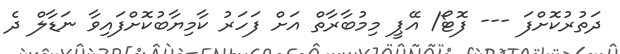
ދަތުރުކޮށްފަ --- ފޮޓޯ/ އޭޕީ މިމުބާރާތް އަށް ފަހަރު ކާމިޔާބުކޮށްފައިވާ ނަޑާލް ދެ